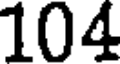
104